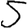
Digit: 5